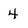
Character: 4